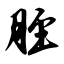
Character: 胫